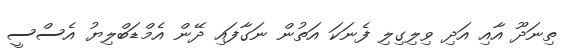
ތިނަދޫ އާއި އަދި ވިލިގިލި ފެނަކަ އަތުން ނަގާފައި ދޭން އެމްޑަބްލިޔު އެސްސީ